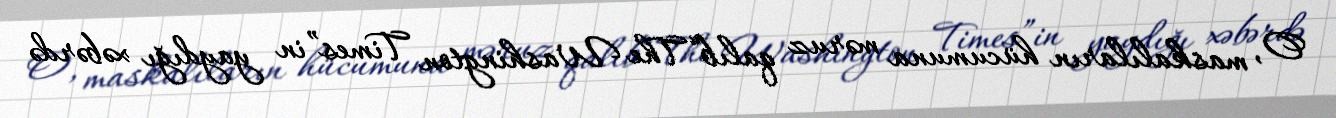
O, maskalıların hücumuna məruz qalıb“The Washington Times”in yaydığı xəbərdə